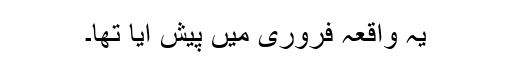
یہ واقعہ فروری میں پیش آیا تھا۔